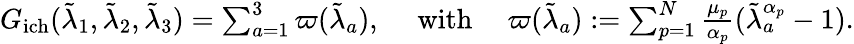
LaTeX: \begin{array}{r}{G_{\mathrm{ich}}(\tilde{\lambda}_{1},\tilde{\lambda}_{2},\tilde{\lambda}_{3})=\sum_{a=1}^{3}\varpi(\tilde{\lambda}_{a}),\quad\mathrm{~with~}\quad\varpi(\tilde{\lambda}_{a}):=\sum_{p=1}^{N}\frac{\mu_{p}}{\alpha_{p}}(\tilde{\lambda}_{a}^{\alpha_{p}}-1).}\end{array}